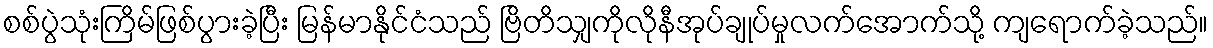
စစ်ပွဲသုံးကြိမ်ဖြစ်ပွားခဲ့ပြီး မြန်မာနိုင်ငံသည် ဗြိတိသျှကိုလိုနီအုပ်ချုပ်မှုလက်အောက်သို့ ကျရောက်ခဲ့သည်။